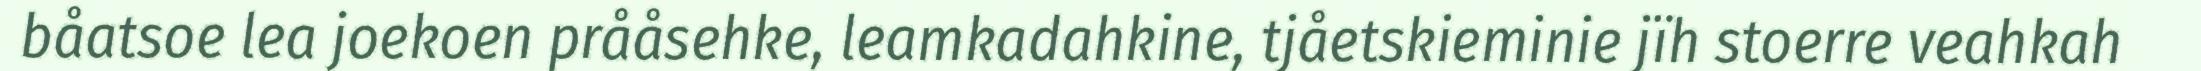
båatsoe lea joekoen prååsehke, leamkadahkine, tjåetskieminie jïh stoerre veahkah